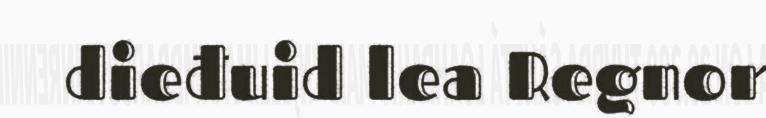
dieđuid lea Regnor